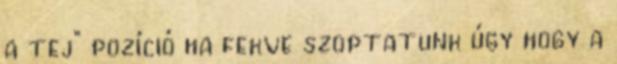
a tej” pozíció ha fekve szoptatunk úgy hogy a